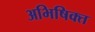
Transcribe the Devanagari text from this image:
अभिषिक्‍त